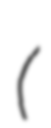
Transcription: (斎藤